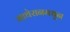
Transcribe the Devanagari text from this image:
माथेरानमधून